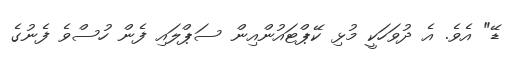
ޑޭ" އެވެ. އެ ދުވަހަކީ މުޅި ކޭޕްޓައުންއިން ސަޕްލައި ފެން ހުސްވެ ފެނުގެ